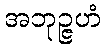
အဘုဉ္ဇဟံ